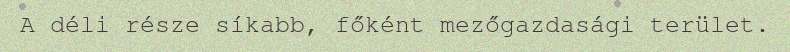
A déli része síkabb, főként mezőgazdasági terület.